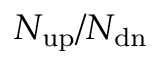
N _ { \mathrm { { u p } } } / N _ { \mathrm { { d n } } }